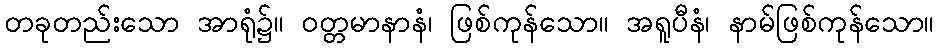
တခုတည်းသော အာရုံ၌။ ဝတ္တမာနာနံ၊ ဖြစ်ကုန်သော။ အရူပီနံ၊ နာမ်ဖြစ်ကုန်သော။